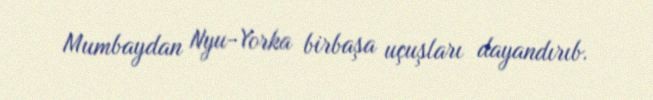
Mumbaydan Nyu-Yorka birbaşa uçuşları dayandırıb.